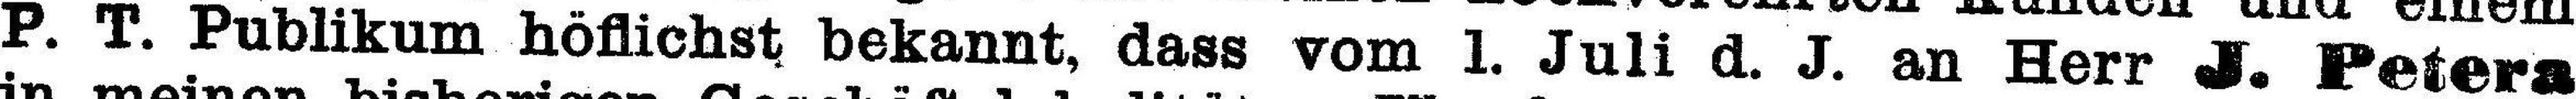
P. T. Publikum höflichst bekannt, dass vom 1. Juli d. J. an Herr J. Petera